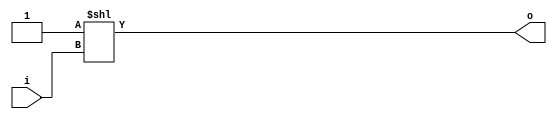
module bsg_decode_num_out_p3
(
  i,
  o
);

  input [1:0] i;
  output [2:0] o;
  wire [2:0] o;
  assign o = { 1'b0, 1'b0, 1'b1 } << i;

endmodule